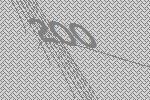
200